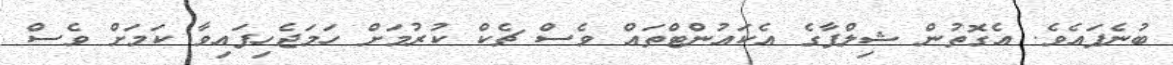
ބުނެފައެވެ. އެގޮތުން ޝިލްޕާގެ އެކައުންޓްތައް ވެސް ޗެކް ކުރުމަށް ހަމަޖެހިފައިވާ ކަމަށް ވެސް